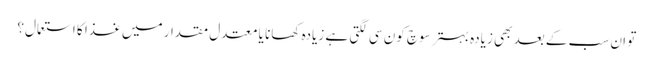
تو ان سب کے بعد بھی زیادہ بہتر سوچ کون سی لگتی ہے زیادہ کھانا یا معتدل مقدار میں غذا کا استعمال؟